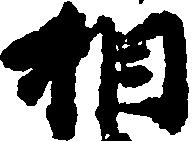
相